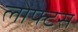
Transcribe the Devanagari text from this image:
लोफ्टस